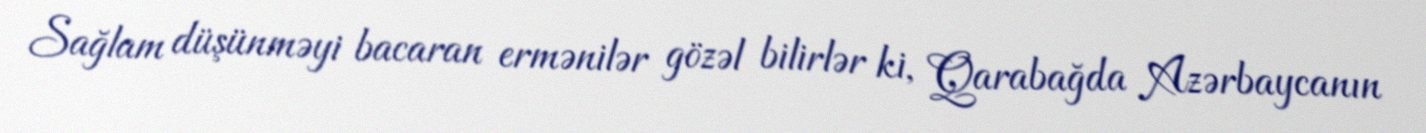
Sağlam düşünməyi bacaran ermənilər gözəl bilirlər ki, Qarabağda Azərbaycanın